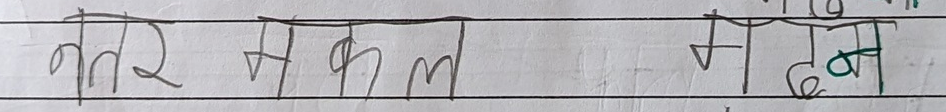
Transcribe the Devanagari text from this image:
तर मकल गल्फा